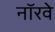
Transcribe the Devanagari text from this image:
नाॅरवे